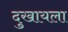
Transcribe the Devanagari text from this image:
दुखायला